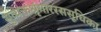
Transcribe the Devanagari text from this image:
सुव्यक्तश्रृंगाररससूचिका